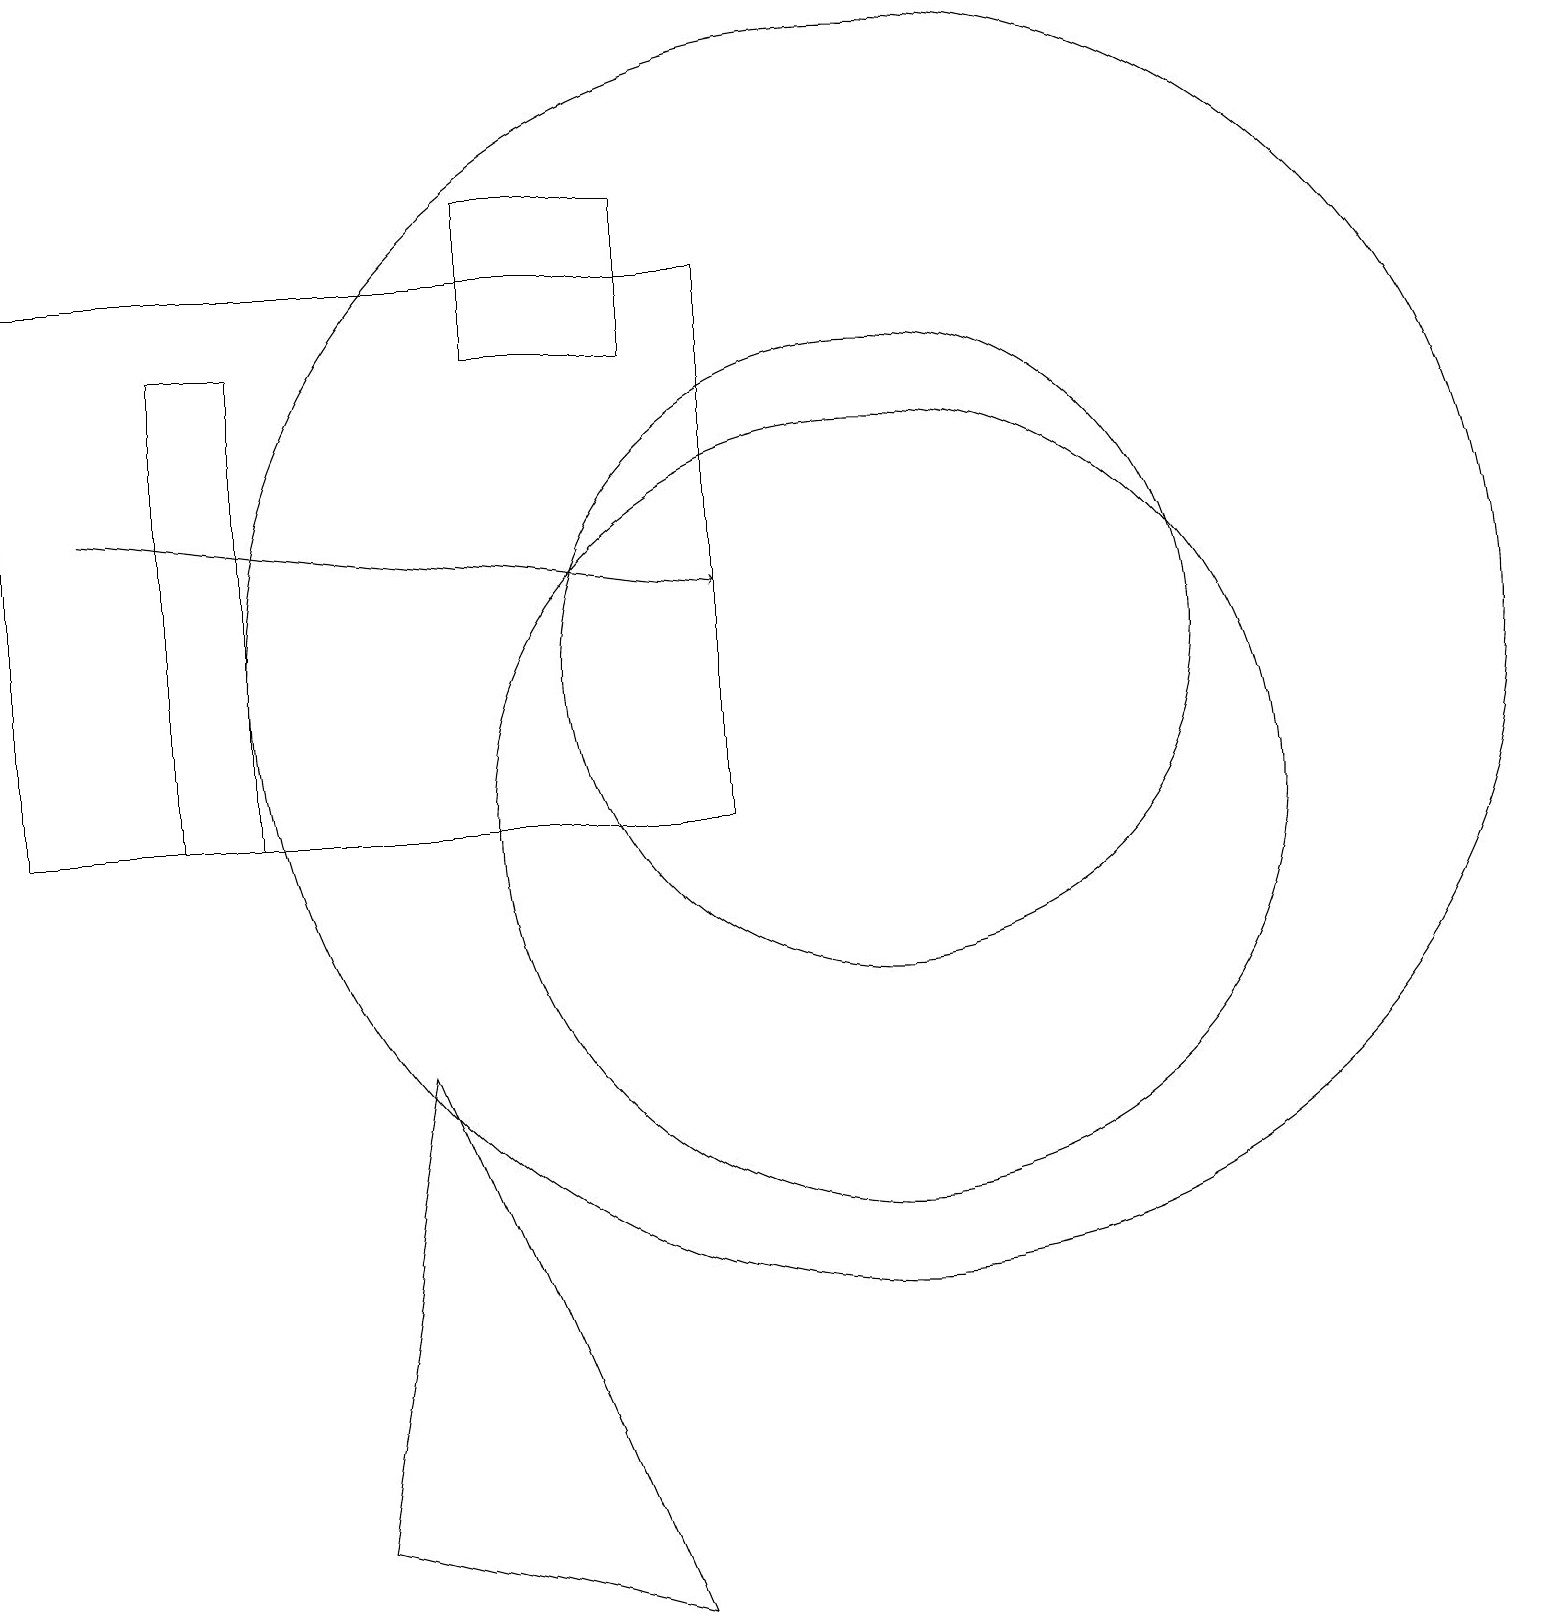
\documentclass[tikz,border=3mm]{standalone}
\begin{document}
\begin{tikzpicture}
\draw[->] (1,14) -- (9,13);
\draw (11,12) circle (8);
\draw (2,10) rectangle (3,16);
\draw (4,1) -- (8,0) -- (5,7) -- cycle;
\draw (8,18) rectangle (6,16);
\draw (11,12) circle (4);
\draw (9,17) rectangle (0,10);
\draw (11,10) circle (5);
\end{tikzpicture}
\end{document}